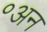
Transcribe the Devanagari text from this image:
॰अन